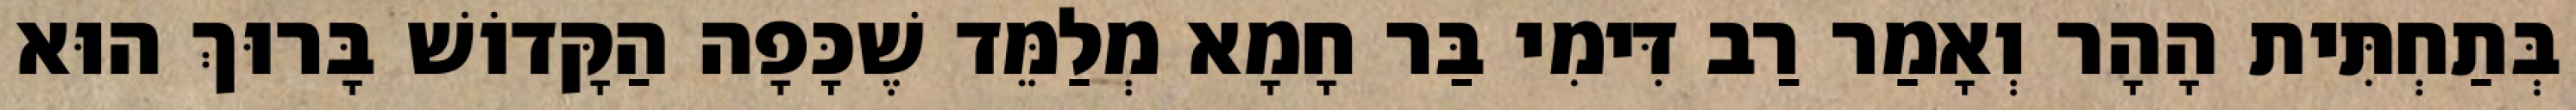
בְּתַחְתִּית הָהָר וְאָמַר רַב דִּימִי בַּר חָמָא מְלַמֵּד שֶׁכָּפָה הַקָּדוֹשׁ בָּרוּךְ הוּא